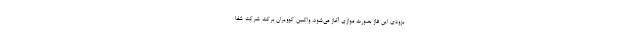
بزودی این فاز بصورت موازی آغاز می‌شود، واکسن کوویران برکت شرکت شفا